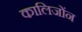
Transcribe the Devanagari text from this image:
कालिजोंन